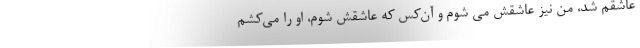
عاشقم شد، من نیز عاشقش می شوم و آن‌کس که عاشقش شوم، او را می‌کُشم